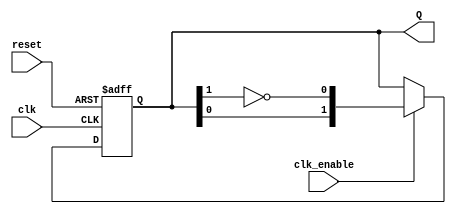
module JohnsonCounter #(parameter N = 2) (
    input wire clk,          // Clock signal
    input wire reset,        // Asynchronous reset signal
    input wire clk_enable,    // Clock enable signal
    output reg [N-1:0] Q     // Output of the counter
);

    // Always block for the Johnson counter operation
    always @(posedge clk or posedge reset) begin
        if (reset) begin
            Q <= 0; // Reset the counter to 0
        end else if (clk_enable) begin
            // Shift the values and feed back the inverted last flip-flop
            Q <= {Q[N-2:0], ~Q[N-1]};
        end
    end

endmodule